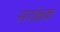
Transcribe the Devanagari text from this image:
सरांक्षक